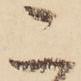
こ